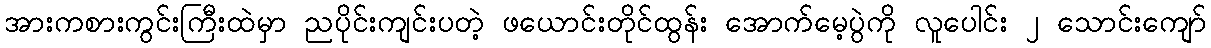
အားကစားကွင်းကြီးထဲမှာ ညပိုင်းကျင်းပတဲ့ ဖယောင်းတိုင်ထွန်း အောက်မေ့ပွဲကို လူပေါင်း ၂ သောင်းကျော်